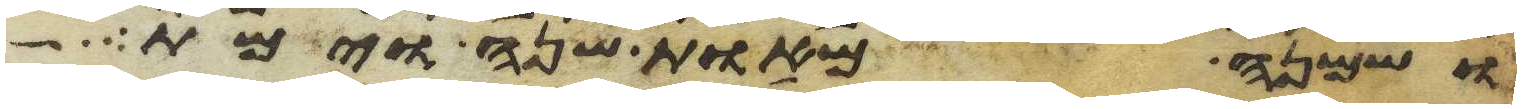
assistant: ושמנה מאות שנה וימת